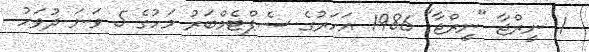
1. ނީރްޖާ "ނީރްޖާ" 1986 އަހަރުގެ ސެޕްޓެމްބަރު މަހުގެ 5 ވަނަ ދުވަހު